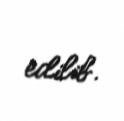
edilib.